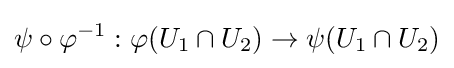
\psi \circ \varphi ^{-1}:\varphi (U_{1}\cap U_{2})\to \psi (U_{1}\cap U_{2})